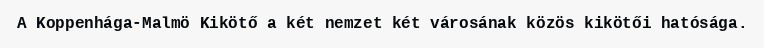
A Koppenhága-Malmö Kikötő a két nemzet két városának közös kikötői hatósága.